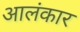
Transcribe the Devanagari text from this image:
आलंकार